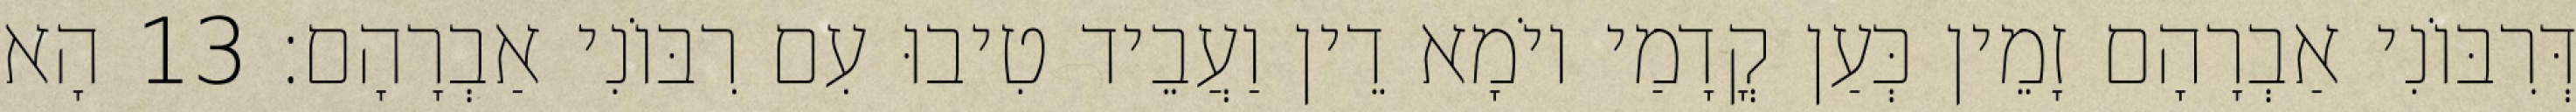
דְּרִבּוֹנִי אַבְרָהָם זָמֵין כְּעַן קֳדָמַי יוֹמָא דֵין וַעֲבֵיד טִיבוּ עִם רִבּוֹנִי אַבְרָהָם׃ 13 הָא